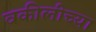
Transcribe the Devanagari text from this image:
वकीलीच्या